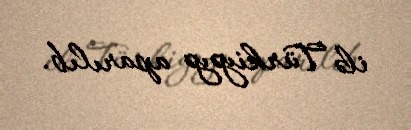
ilə Türkiyəyə aparılıb.